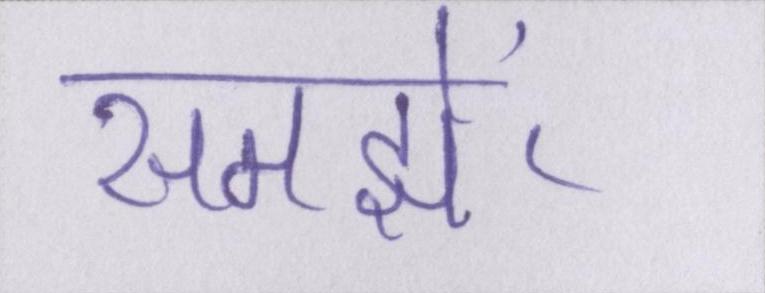
समझें।